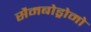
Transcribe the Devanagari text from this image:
सैमबोड्रोमो